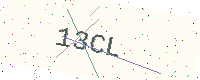
Text: 13CL